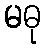
မဓု